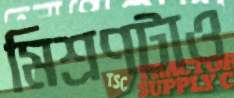
মিশ্রণটাও